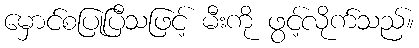
မှောင်စပြုပြီသဖြင့် မီးကို ဖွင့်လိုက်သည်။